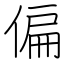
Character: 偏